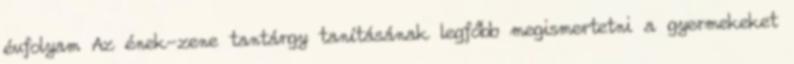
évfolyam Az ének-zene tantárgy tanításának legfőbb megismertetni a gyermekeket